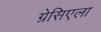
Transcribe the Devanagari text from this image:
ग्रेसिएला